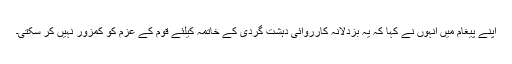
اپنے پیغام میں انہوں نے کہا کہ یہ بزدلانہ کارروائی دہشت گردی کے خاتمہ کیلئے قوم کے عزم کو کمزور نہیں کر سکتی۔